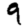
Digit: 9